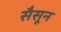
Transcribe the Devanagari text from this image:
सैसून